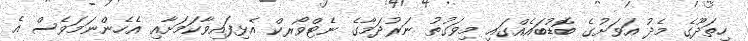
ހިތަދޫގެ މެދު އަވަށުގެ ބޮޑުބައެއްގައި މިވަގުތު ނަރުދަމާގެ ނެޓްވޯރކް އެޅިފައިވާކަމަށާއި އެހެންނަމަވެސް އެ